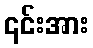
၎င်းအား